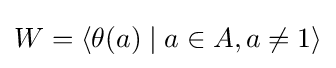
W=\langle \theta (a)\mid a\in A,a\neq 1\rangle